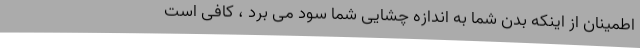
اطمینان از اینکه بدن شما به اندازه چشایی شما سود می برد ، کافی است